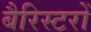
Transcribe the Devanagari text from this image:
बैरिस्टरों